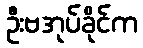
ဦးဗအုပ်ခိုင်က